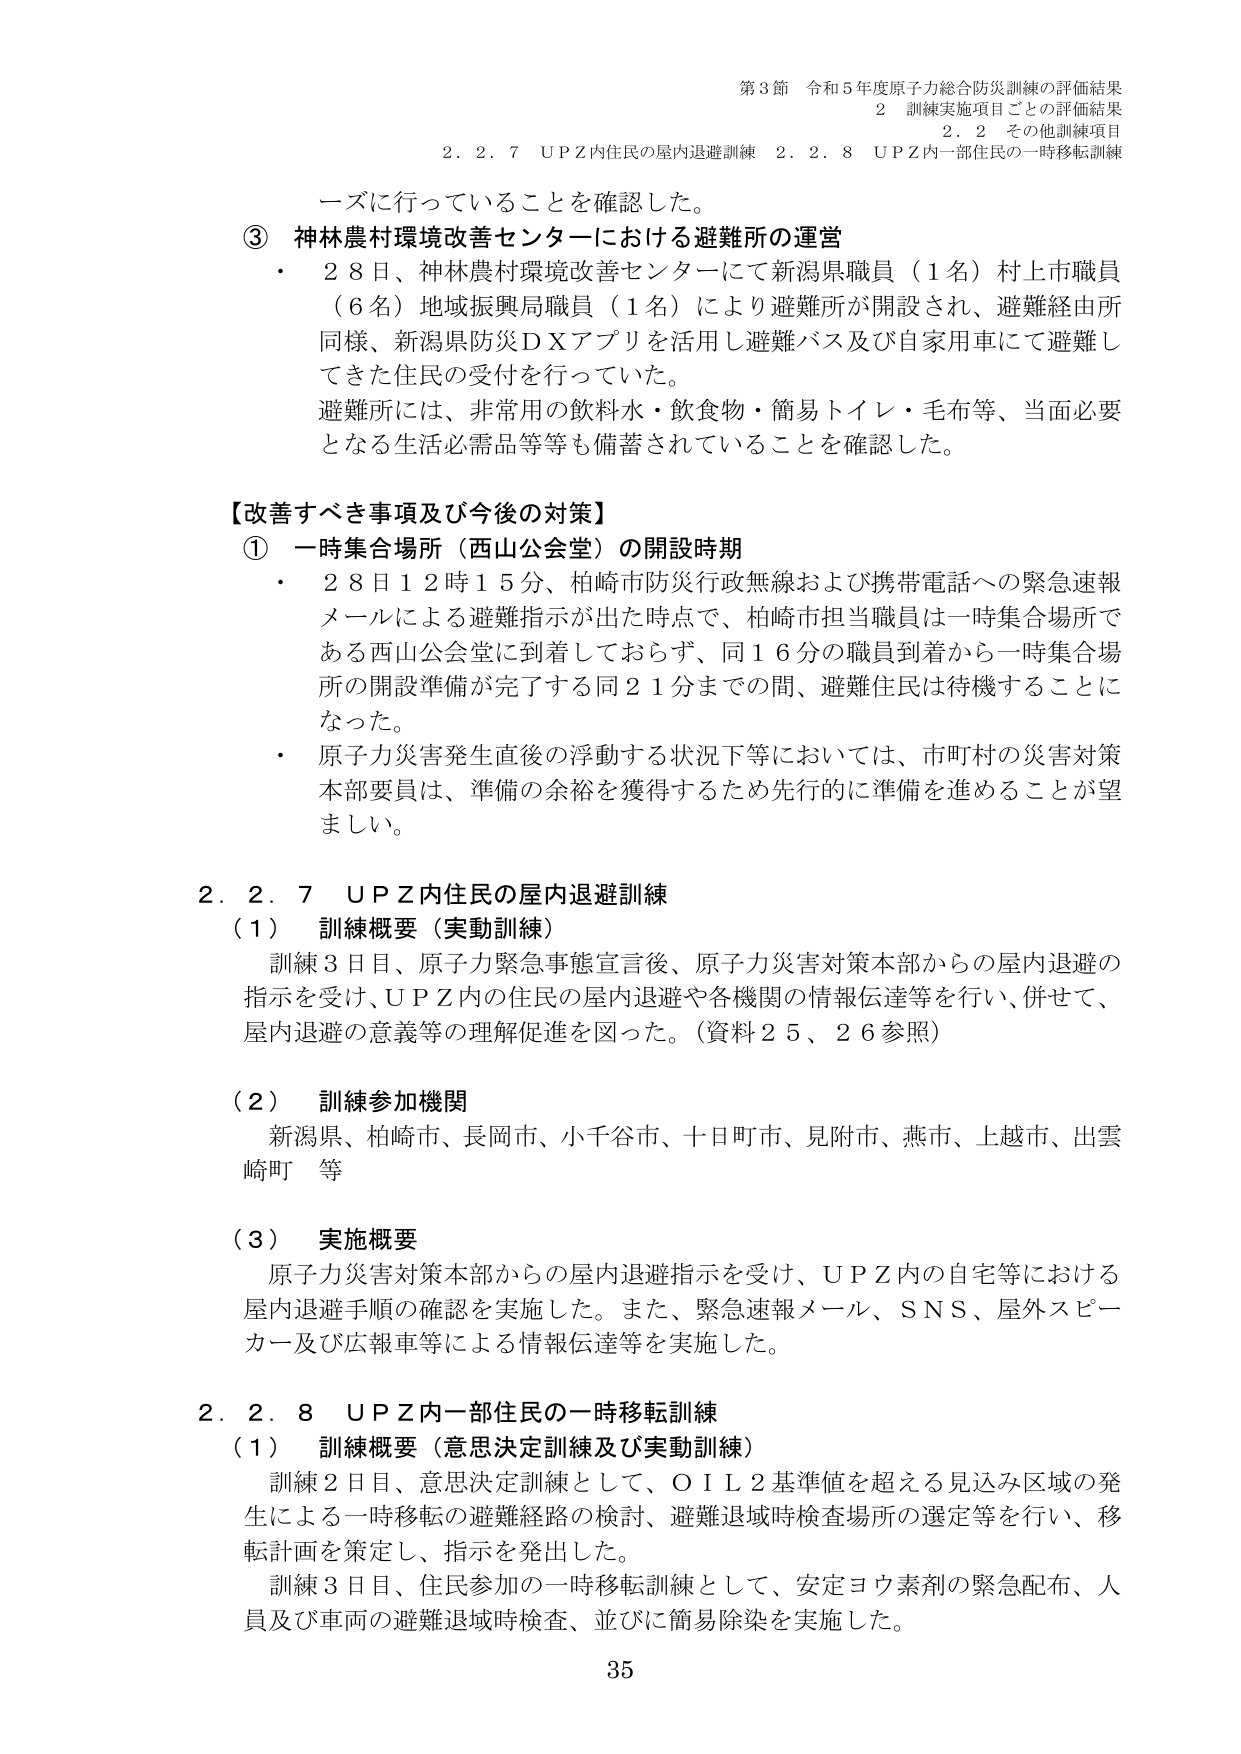
第3節 令和5年度原子力総合防災訓練の評価結果
2 訓練実施項目ごとの評価結果
2.2 その他訓練項目
2.2.7 UPZ内住民の屋内退避訓練 2.2.8 UPZ内一部住民の一時移転訓練

ーズに行っていることを確認した。

③ 神林農村環境改善センターにおける避難所の運営
・ 28日、神林農村環境改善センターにて新潟県職員（1名）村上市職員（6名）地域振興局職員（1名）により避難所が開設され、避難経由所同様、新潟県防災DXアプリを活用し避難バス及び自家用車にて避難してきた住民の受付を行っていた。
避難所には、非常用の飲料水・飲食物・簡易トイレ・毛布等、当面必要となる生活必需品等等も備蓄されていることを確認した。

【改善すべき事項及び今後の対策】
① 一時集合場所（西山公会堂）の開設時期
・ 28日12時15分、柏崎市防災行政無線および携帯電話への緊急速報メールによる避難指示が出た時点で、柏崎市担当職員は一時集合場所である西山公会堂に到着しておらず、同16分の職員到着から一時集合場所の開設準備が完了する同21分までの間、避難住民は待機することになった。
・ 原子力災害発生直後の浮動する状況下等においては、市町村の災害対策本部委員は、準備の余裕を獲得するため先行的に準備を進めることが望ましい。

2.2.7 UPZ内住民の屋内退避訓練
（1） 訓練概要（実動訓練）
訓練3日目、原子力緊急事態宣言後、原子力災害対策本部からの屋内退避の指示を受け、UPZ内の住民の屋内退避や各機関の情報伝達等を行い、併せて、屋内退避の意義等の理解促進を図った。（資料25、26参照）

（2） 訓練参加機関
新潟県、柏崎市、長岡市、小千谷市、十日町市、見附市、燕市、上越市、出雲崎町 等

（3） 実施概要
原子力災害対策本部からの屋内退避指示を受け、UPZ内の自宅等における屋内退避手順の確認を実施した。また、緊急速報メール、SNS、屋外スピーカー及び広報車等による情報伝達等を実施した。

2.2.8 UPZ内一部住民の一時移転訓練
（1） 訓練概要（意思決定訓練及び実動訓練）
訓練2日目、意思決定訓練として、OIL2基準値を超える見込み区域の発生による一時移転の避難経路の検討、避難退域時検査場所の選定等を行い、移転計画を策定し、指示を発出した。
訓練3日目、住民参加の一時移転訓練として、安定ヨウ素剤の緊急配布、人員及び車両の避難退域時検査、並びに簡易除染を実施した。

35